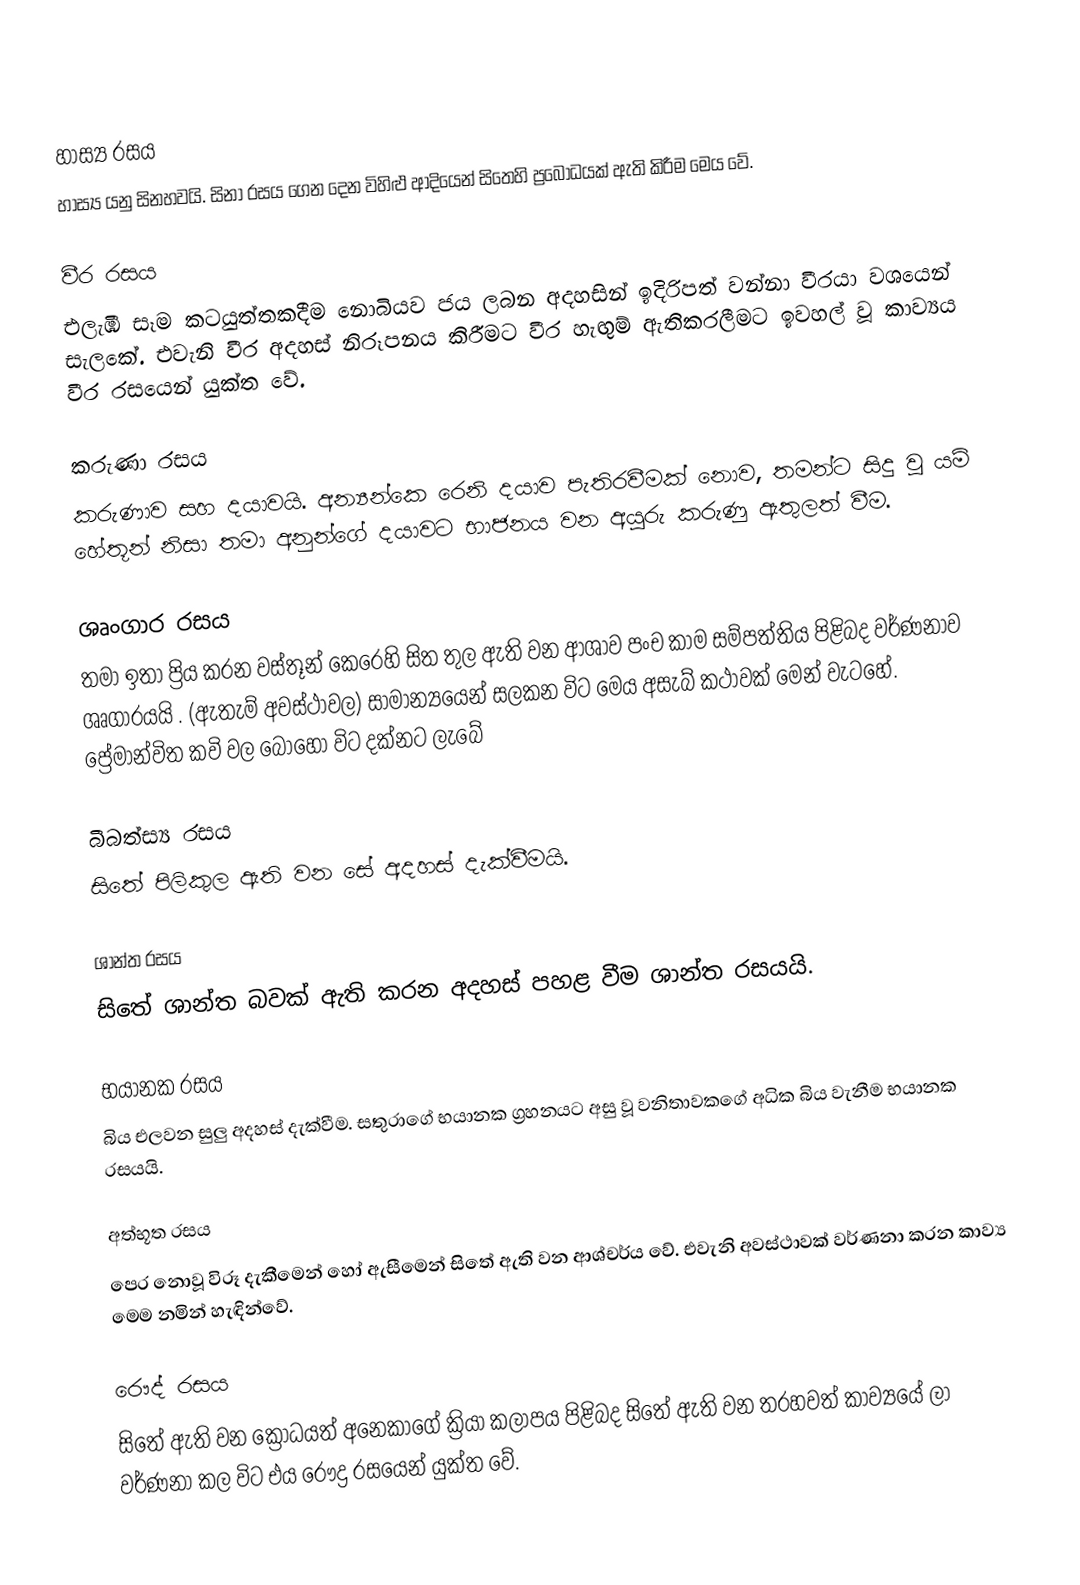

හාස්‍ය රසය
හාස්‍ය යනු සිනහවයි. සිනා රසය ගෙන දෙන විහිළු ආදියෙන් සිතෙහි ප්‍රබෝධයක් ඇති කිරීම මෙය වේ.

වීර රසය
එලැඹි සෑම කටයුත්තකදීම නොබියව ජය ලබන අදහසින් ඉදිරිපත් වන්නා වීරයා වශයෙන් සැලකේ. එවැනි වීර අදහස් නිරූපනය කිරීමට වීර හැඟුම් ඇතිකරලීමට ඉවහල් වූ කාව්‍යය වීර රසයෙන් යුක්ත වේ.

කරුණා රසය
කරුණාව සහ දයාවයි. අන්‍යන්කෙ රෙනි දයාව පැතිරවීමක් නොව, තමන්ට සිදු වූ යම් හේතූන් නිසා තමා අනුන්ගේ දයාවට භාජනය වන අයුරු කරුණු ඇතුලත් වීම.

ශෘංගාර රසය
තමා ඉතා ප්‍රිය කරන වස්තූන් කෙරෙහි සිත තුල ඇති වන ආශාව පංච කාම සම්පත්තිය පිළිබද වර්ණනාව ශෘගාරයයි . (ඇතැම් අවස්ථාවල) සාමාන්‍යයෙන් සලකන විට මෙය අසැබ් කථාවක් මෙන් වැටහේ. ප්‍රේමාන්විත කවි වල බොහෝ විට දක්නට ලැබේ

බීබත්‍ස්‍ය රසය
සිතේ පිලිකුල ඇති වන සේ අදහස් දැක්වීමයි.

ශාන්ත රසය
සිතේ ශාන්ත බවක් ඇති කරන අදහස් පහළ වීම ශාන්ත රසයයි.

භයානක රසය
බිය එලවන සුලු අදහස් දැක්වීම. සතුරාගේ භයානක ග්‍රහනයට අසු වූ වනිතාවකගේ අධික බිය වැනීම භයානක රසයයි.

අත්භූත රසය
පෙර නොවූ විරූ දැකීමෙන් හෝ ඇසීමෙන් සිතේ ඇති වන ආශ්චර්ය  වේ. එවැනි අවස්ථාවක් වර්ණනා කරන කාව්‍ය මෙම නමින් හැඳින්වේ.

රෞද්‍  රසය
සිතේ ඇති වන ක්‍රෝධයත් අනෙකාගේ ක්‍රියා කලාපය පිළිබද සිතේ ඇති වන තරහවත් කාව්‍යයේ ලා වර්ණනා කල විට එය රෞද්‍ර රසයෙන් යුක්ත වේ.